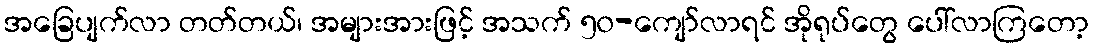
အခြေပျက်လာ တတ်တယ်၊ အများအားဖြင့် အသက် ၅၀-ကျော်လာရင် အိုရုပ်တွေ ပေါ်လာကြတော့